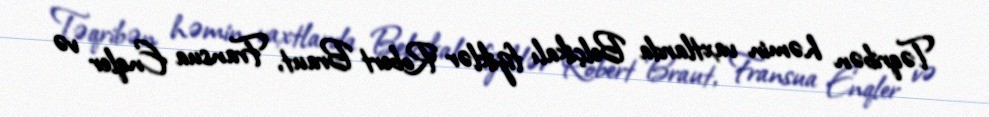
Təqribən həmin vaxtlarda Belçikalı fiziklər Robert Braut, Fransua Enqler və